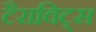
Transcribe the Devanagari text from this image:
टैराविट्स